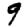
Digit: 9